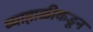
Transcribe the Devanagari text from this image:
व्याहाळीकडून